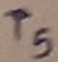
Text: T5